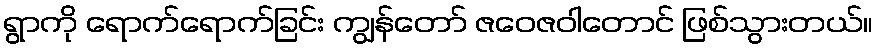
ရွာကို ရောက်ရောက်ခြင်း ကျွန်တော် ဇဝေဇဝါတောင် ဖြစ်သွားတယ်။